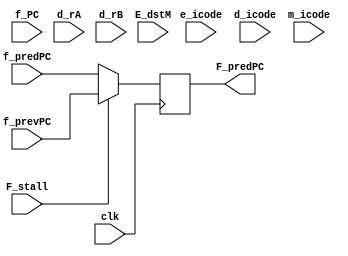
module F_reg(clk,f_predPC,f_PC,F_stall,F_predPC,e_icode,d_icode,m_icode,E_dstM,d_rA,d_rB,f_prevPC);

input clk;  
input wire F_stall;
input [63:0] f_predPC, f_PC,f_prevPC;
output reg [63:0] F_predPC;
input wire [3:0] d_rA,d_rB,d_icode,e_icode,m_icode,E_dstM;

initial begin  
    F_predPC = 64'd0;
end

always@(posedge clk) begin // e_icode,d_icode,E_dstM,m_icode,d_rA,d_rB
    // if(((e_icode == 4'b0101 || e_icode == 4'b1011) && (E_dstM == d_rA || E_dstM == d_rB)) || 
    //     (d_icode == 4'b1001 || e_icode == 4'b1001 || m_icode == 4'b1001) ) begin
    //     F_stall = 1;
    // end
    // else begin
    //     F_stall = 0;
    // end
    if(F_stall) begin
        F_predPC = f_prevPC;
    end
    else begin
        F_predPC = f_predPC;
    end
end

// always@(*) begin
//     if(((e_icode == 4'b0101 || e_icode == 4'b1011) && (E_dstM == d_rA || E_dstM == d_rB)) || 
//         (d_icode == 4'b1001 || e_icode == 4'b1001 || m_icode == 4'b1001) ) begin
//         F_stall = 1;
//     end
//     else begin
//         F_stall = 0;
//     end
// end

// always@(posedge clk) begin
//     if(F_stall) begin
//         F_predPC = f_PC;
//     end
//     else begin
//         F_predPC = f_predPC;
//     end
// end

endmodule